Annual report of the Punjab Veterinary College and of the Civil Veterinary Department, Punjab - 1894-1908
Year: 1894
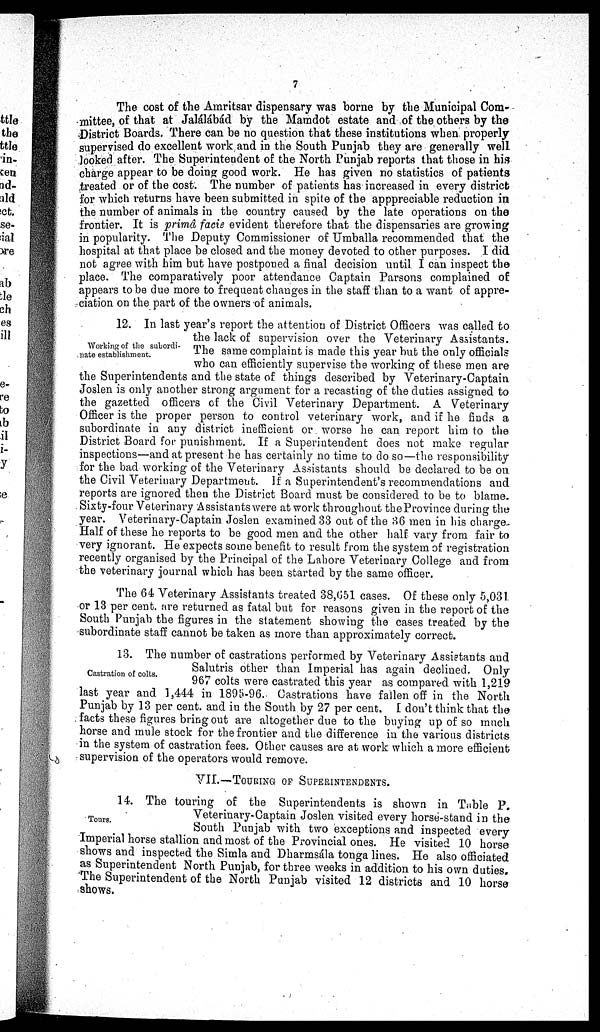
7
The cost of the Amritsar dispensary was borne by the Municipal Com-
mittee, of that at Jalálábád by the Mamdot estate and of the others by the
District Boards. There can be no question that these institutions when properly
supervised do excellent work and in the South Punjab they are generally well
looked after. The Superintendent of the North Punjab reports that those in his
charge appear to be doing good work. He has given no statistics of patients
treated or of the cost. The number of patients has increased in every districts
for which returns have been submitted in spite of the apppreciable reduction in
the number of animals in the country caused by the late operations on the
frontier. It is primâ facie evident therefore that the dispensaries are growing
in popularity. The Deputy Commissioner of Umballa recommended that the
hospital at that place be closed and the money devoted to other purposes. I did
not agree with him but have postponed a final decision until I can inspect the
place. The comparatively poor attendance Captain Parsons complained of
appears to be due more to frequent changes in the staff than to a want of appre-
ciation on the part of the owners of animals.
Working of the subordi-
nate establishment.
12. In last year's report the attention of District Officers was called to
the lack of supervision over the Veterinary Assistants.
The same complaint is made this year but the only officials
who can efficiently supervise the working of these men are
the Superintendents and the state of things described by Veterinary-Captain
Joslen is only another strong argument for a recasting of the duties assigned to
the gazetted officers of the Civil Veterinary Department. A Veterinary
Officer is the proper person to control veterinary work, and if he finds a
subordinate in any district inefficient or worse he can report him to the
District Board for punishment. If a Superintendent does not make regular
inspections—and at present he has certainly no time to do so—the responsibility
for the bad working of the Veterinary Assistants should be declared to be on
the Civil Veterinary Department. If a Superintendent's recommendations and
reports are ignored then the District Board must be considered to be to blame.
Sixty-four Veterinary Assistants were at work throughout the Province during the
year. Veterinary-Captain Joslen examined 33 out of the 36 men in his charge-
Half of these he reports to be good men and the other half vary from fair to
very ignorant. He expects some benefit to result from the system of registration
recently organised by the Principal of the Lahore Veterinary College and from
the veterinary journal which has been started by the same officer.
The 64 Veterinary Assistants treated 38,651 cases. Of these only 5,031.
or 13 per cent. are returned as fatal but for reasons given in the report of the
South Punjab the figures in the statement showing the cases treated by the
subordinate staff cannot be taken as more than approximately correct.
Castration of colts.
13. The number of castrations performed by Veterinary Assistants and
Salutris other than Imperial has again declined. Only
967 colts were castrated this year as compared with 1,219
last year and 1,444 in 1895-96.- Castrations have fallen off in the North
Punjab by 13 per cent. and in the South by 27 per cent. I don't think that the
facts these figures bring out are altogether due to the buying up of so much
horse and mule stock for the frontier and the difference in the various districts
in the system of castration fees. Other causes are at work which a more efficient
supervision of the operators would remove.
VII.—TOURING OF SUPERINTENDENTS.
Tours.
14. The touring of the Superintendents is shown in Table P.
Veterinary-Captain Joslen visited every horse-stand in the
South Punjab with two exceptions and inspected every
Imperial horse stallion and most of the Provincial ones. He visited 10 horse
shows and inspected the Simla and Dharmsála tonga lines. He also officiated
as Superintendent North Punjab, for three weeks in addition to his own duties.
The Superintendent of the North Punjab visited 12 districts and 10 horse
shows.